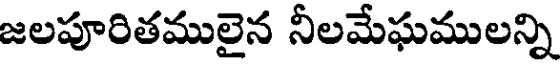
జలపూరితములైన నీలమేఘములన్ని